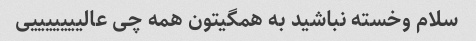
سلام وخسته نباشید به همگیتون همه چی عالیییییییی